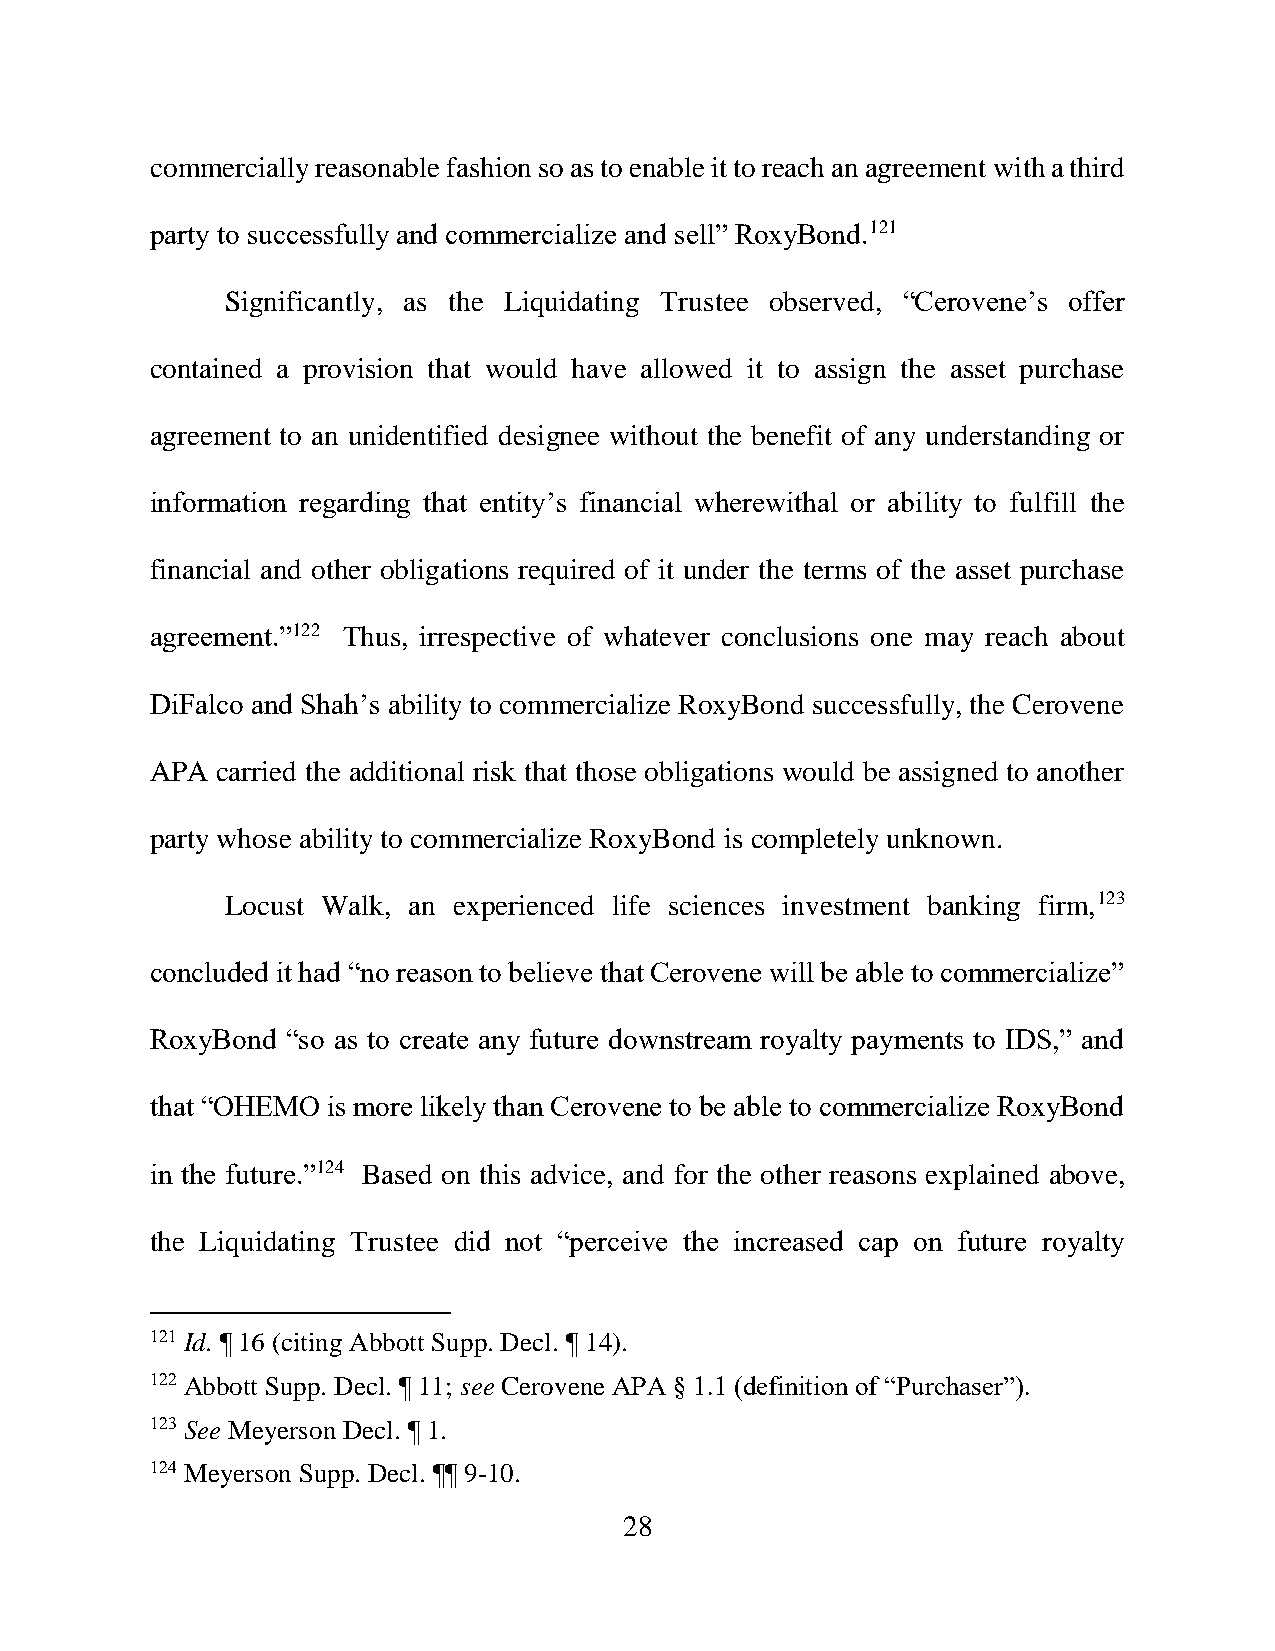
commercially reasonable fashion so as to enable it to reach an agreement with a third
 party to successfully and commercialize and sell” RoxyBond.121
 Significantly, as the Liquidating Trustee observed, “Cerovene’s offer
 contained a provision that would have allowed it to assign the asset purchase
 agreement to an unidentified designee without the benefit of any understanding or
 information regarding that entity’s financial wherewithal or ability to fulfill the
 financial and other obligations required of it under the terms of the asset purchase
 agreement.”122 Thus, irrespective of whatever conclusions one may reach about
 DiFalco and Shah’s ability to commercialize RoxyBond successfully, the Cerovene
 APA carried the additional risk that those obligations would be assigned to another
 party whose ability to commercialize RoxyBond is completely unknown.
 Locust Walk, an experienced life sciences investment banking firm,123
 concluded it had “no reason to believe that Cerovene will be able to commercialize”
 RoxyBond “so as to create any future downstream royalty payments to IDS,” and
 that “OHEMO is more likely than Cerovene to be able to commercialize RoxyBond
 in the future.”124 Based on this advice, and for the other reasons explained above,
 the Liquidating Trustee did not “perceive the increased cap on future royalty
 121 Id. ¶ 16 (citing Abbott Supp. Decl. ¶ 14).
 122 Abbott Supp. Decl. ¶ 11; see Cerovene APA § 1.1 (definition of “Purchaser”).
 123 See Meyerson Decl. ¶ 1.
 124 Meyerson Supp. Decl. ¶¶ 9-10.
 28